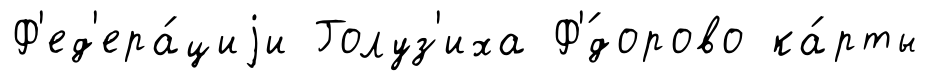
Ф'ед'ера́циjи Голуз'иха Ф'́дорово ка́рты